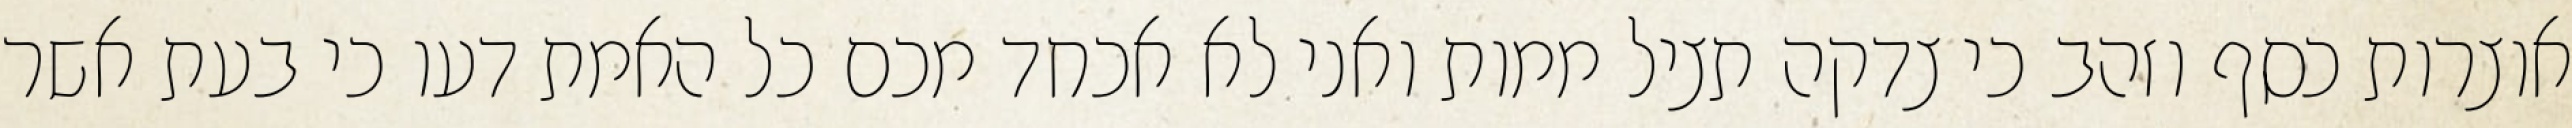
אוצרות כסף וזהב כי צדקה תציל ממות ואני לא אכחד מכם כל האמת דעו כי בעת אשר